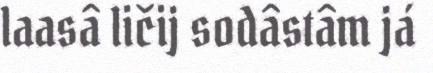
laasâ ličij sodâstâm já